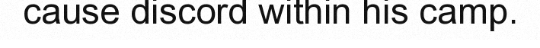
cause discord within his camp.